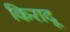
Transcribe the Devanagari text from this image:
किरादू